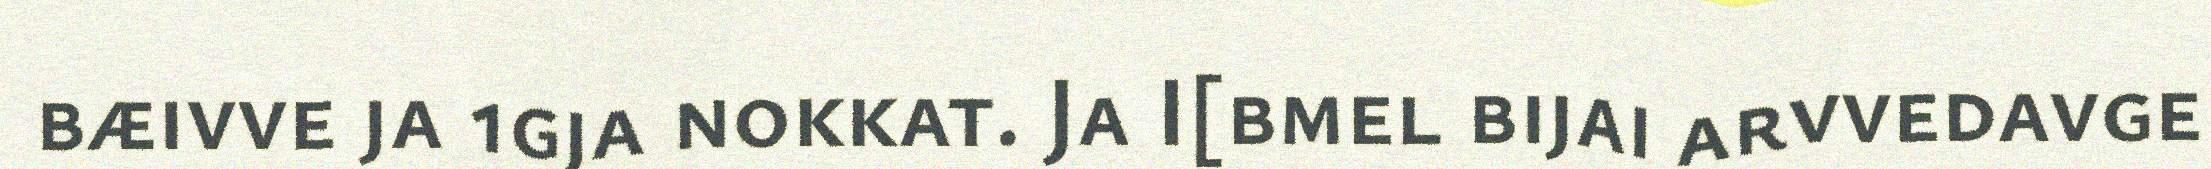
bæivve ja 1gja nokkat. Ja I[bmel bijai arvvedavge